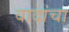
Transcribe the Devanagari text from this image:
वादांचा